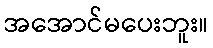
အအောင်မပေးဘူး။